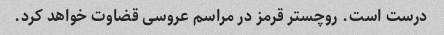
درست است. روچستر قرمز در مراسم عروسی قضاوت خواهد کرد.